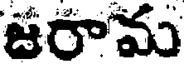
జరామ